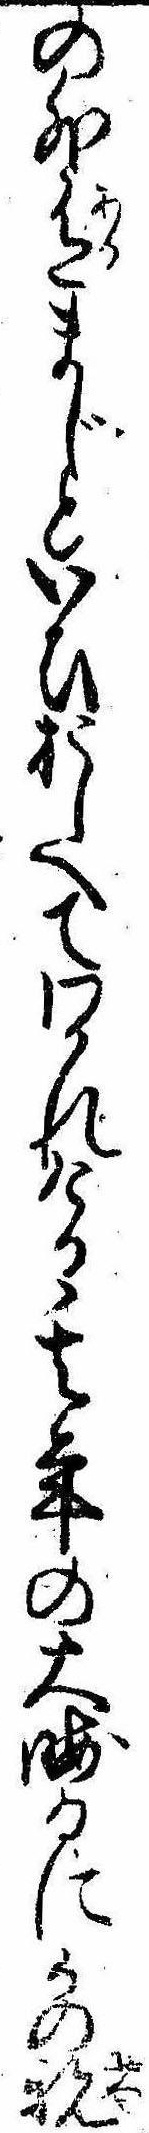
の外有まじといひおしへてわかれける其年の大晦日にかの親